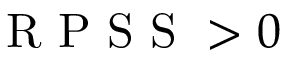
\mathrm { ~ R ~ P ~ S ~ S ~ } > 0